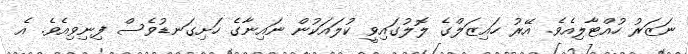
ނަޒަރު ހުއްޓާލިއެވެ. އޭރު ހައިޒަލްގެ ލޮލުގައިވީ ކުލައަކުން ނައިނާގެ ހަށިގަނޑުވެސް ފިނިވިއެވެ. އެ